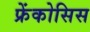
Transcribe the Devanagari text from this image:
फ्रेंकोसिस